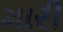
મારી